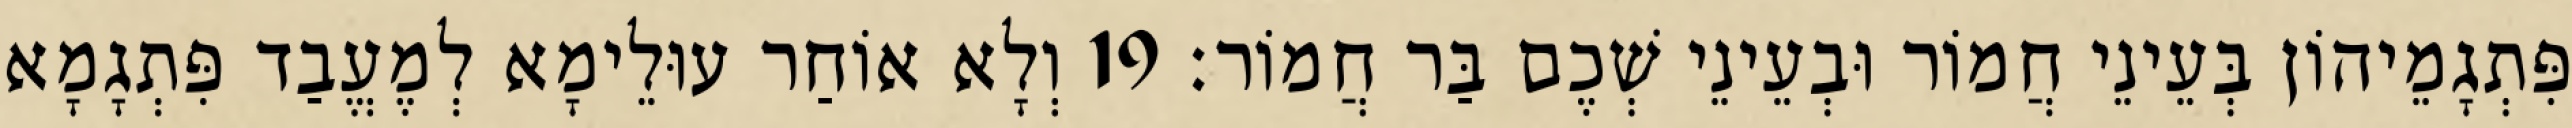
פִּתְגָמֵיהוֹן בְּעֵינֵי חֲמוֹר וּבְעֵינֵי שְׁכֶם בַּר חֲמוֹר׃ 19 וְלָא אוֹחַר עוּלֵימָא לְמֶעֱבַד פִּתְגָמָא